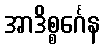
အာဒိစ္စင်္ဂေန